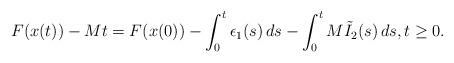
LaTeX: \begin{align*} F(x(t))-Mt=F(x(0))- \int_{0}^t \epsilon_1(s)\,ds -\int_0^t M\tilde{I}_2(s)\,ds, t\geq 0.\end{align*}